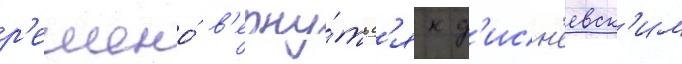
р'ешено́ в'ерну́тьс'я к д'исн'еевск'им